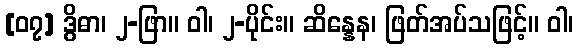
[၀၇] ဒွိဓာ၊ ၂-ဖြာ။ ဝါ၊ ၂-ပိုင်း။ ဆိန္နေန၊ ဖြတ်အပ်သဖြင့်။ ဝါ၊